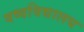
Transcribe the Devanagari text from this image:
वष्वविद्यालय